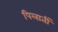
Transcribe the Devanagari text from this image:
पिलातीं